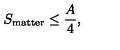
S _ { \mathrm { m a t t e r } } \leq \frac { A } { 4 } ,